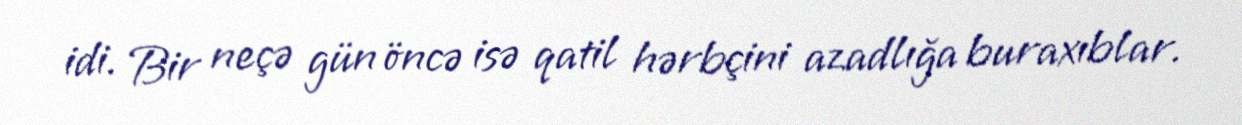
idi. Bir neçə gün öncə isə qatil hərbçini azadlığa buraxıblar.